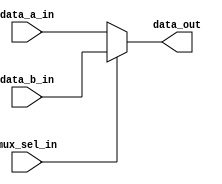
module mux_data
#(
   parameter DATA_WIDTH = 32
 )
(
   input [DATA_WIDTH-1:0] data_a_in,
   input [DATA_WIDTH-1:0] data_b_in,
   input mux_sel_in,
   output [DATA_WIDTH-1:0] data_out
);

   assign data_out = mux_sel_in ? data_b_in : data_a_in;

endmodule